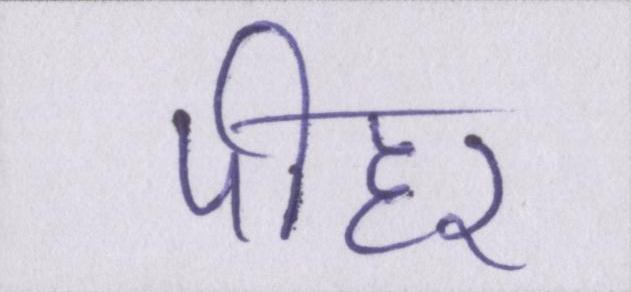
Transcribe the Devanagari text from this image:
पीहर